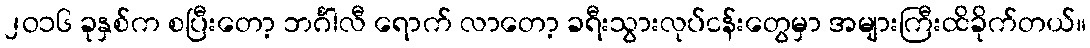
၂ဝ၁၆ ခုနှစ်က စပြီးတော့ ဘင်္ဂါလီ ရောက် လာတော့ ခရီးသွားလုပ်ငန်းတွေမှာ အများကြီးထိခိုက်တယ်။